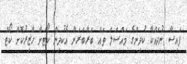
ފައިސާ ނުދައްކާ ކުދިންގެ މައްސަލަ ތައް ބަރާބަރަށް އެކުދިން ކޯޓަށް ހާޒިރުކޮށް ކޯޓް